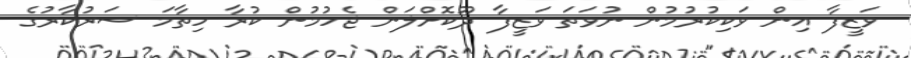
ވަޒީފާ އިން ވަކިކުރުމުން ނުވަތަ ވަޒީފާ ދޫކޮށްލަން ޖެހުމުން ކުރާ ހިތާމަ ސަރުކާރުގެ